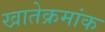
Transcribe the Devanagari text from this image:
खातेक्रमांक